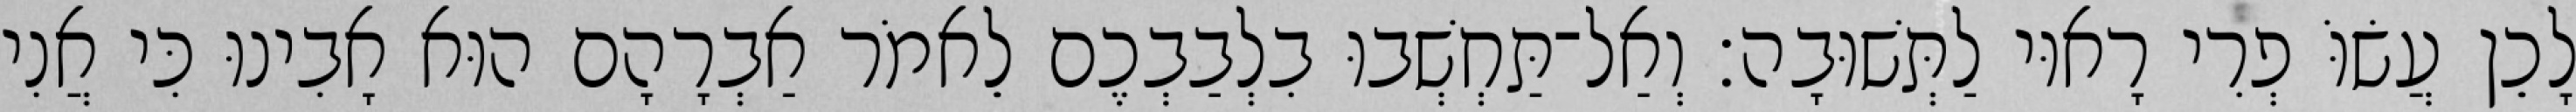
לָכֵן עֲשׂוֹּ פְרִי רָאוּי לַתְּשׁוּבָה׃ וְאַל־תַּחְשְׁבוּ בִלְבַבְכֶם לֵאמֹר אַבְרָהָם הוּא אָבִינוּ כִּי אֲנִי